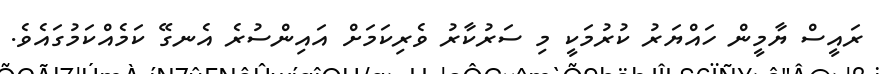
ރައީސް ޔާމީން ހައްޔަރު ކުރުމަކީ މި ސަރުކާރު ވެރިކަމަށް އައިންސުރެ އެނގޭ ކަމެއްކަމުގައެވެ.